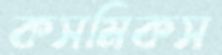
কসমিকস